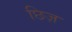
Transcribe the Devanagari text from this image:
छिज़